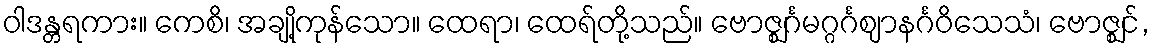
ဝါဒန္တရကား။ ကေစိ၊ အချို့ကုန်သော။ ထေရာ၊ ထေရ်တို့သည်။ ဗောဇ္ဈင်္ဂမဂ္ဂင်္ဂဈာနင်္ဂဝိသေသံ၊ ဗောဇ္ဈင်,